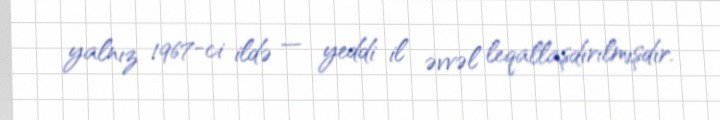
yalnız 1967-ci ildə — yeddi il əvvəl leqallaşdırılmışdır.